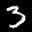
Label: 3